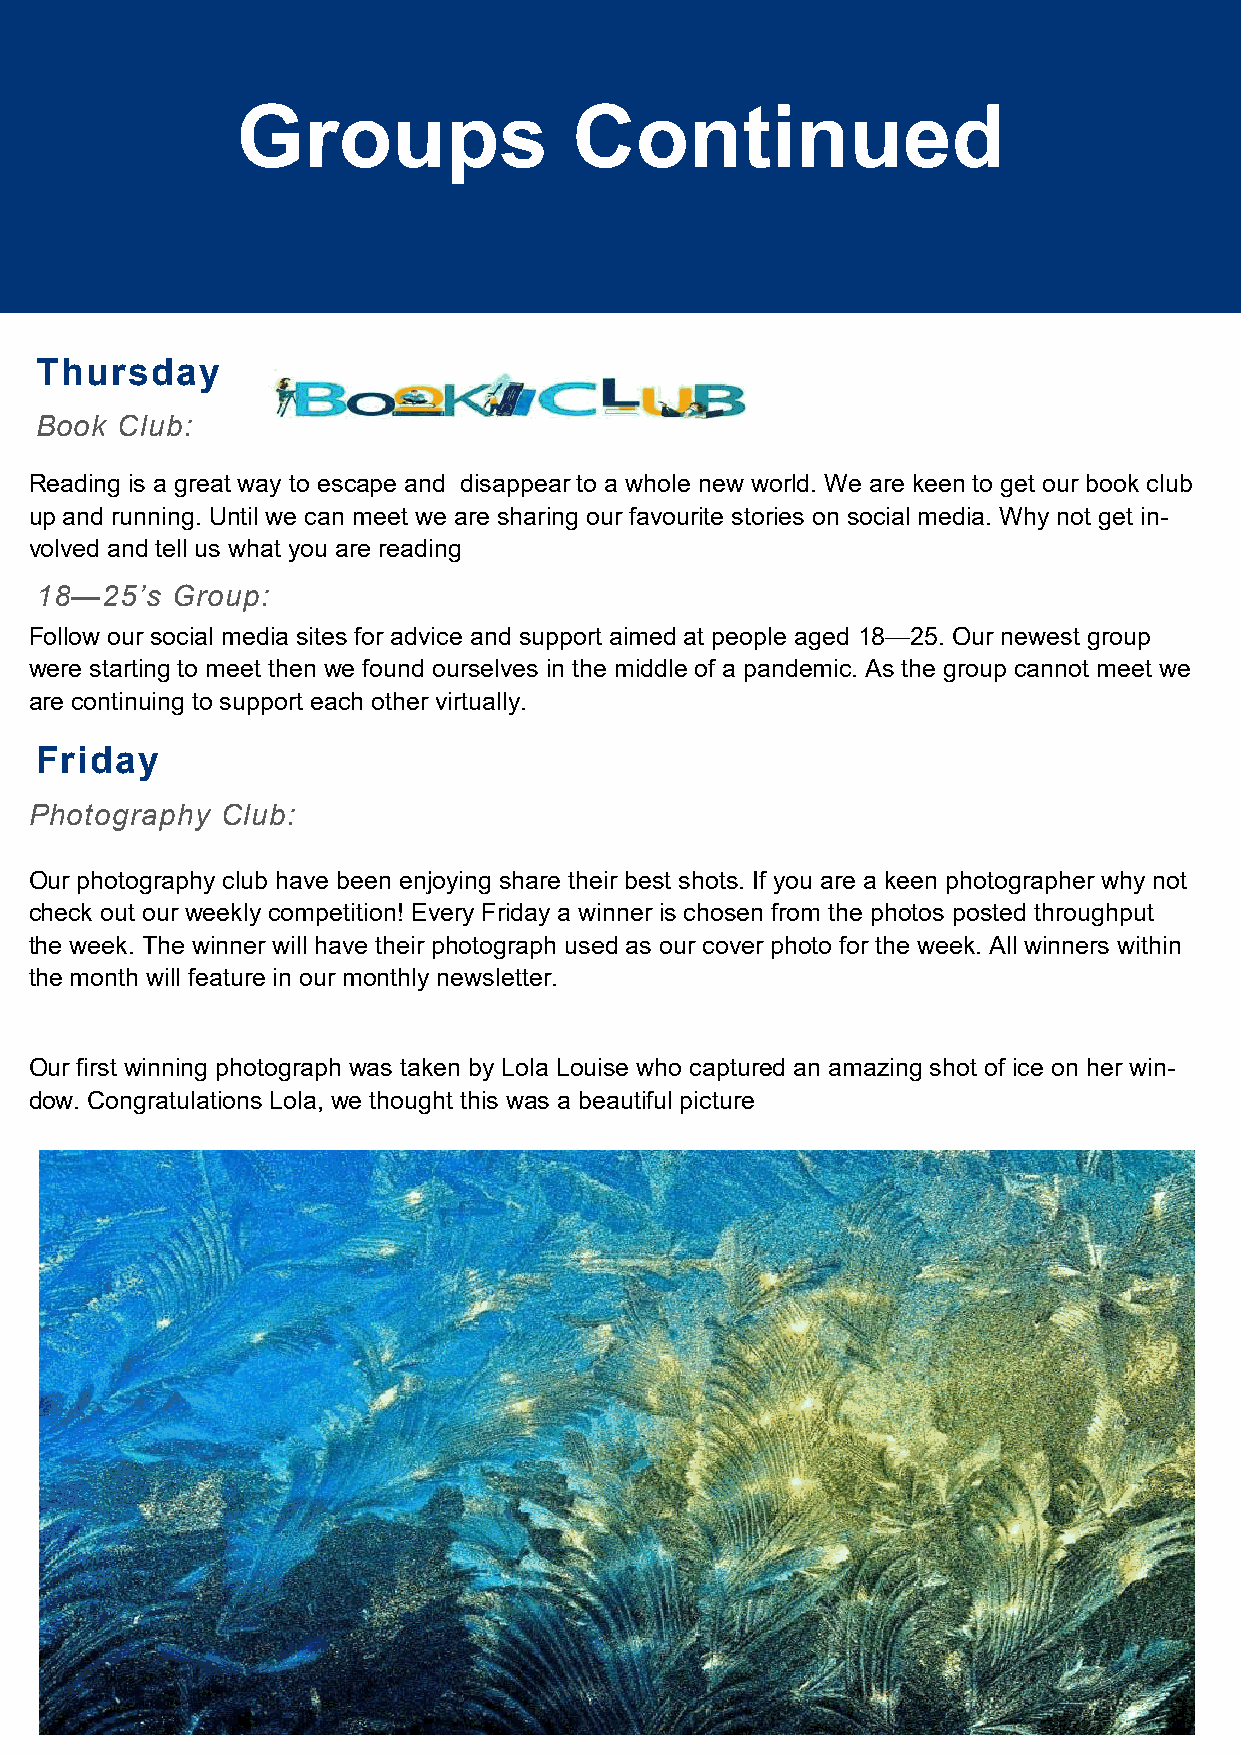
Groups                Continued
 Thursday
 Book  Club:
 Reading is a great way to escape and disappear to a whole new world. We are keen to get our book club
 up and running. Until we can meet we are sharing our favourite stories on social media. Why not get in-
 volved and tell us what you are reading
 18—25’s  Group:
 Follow our social media sites for advice and support aimed at people aged 18—25. Our newest group
 were starting to meet then we found ourselves in the middle of a pandemic. As the group cannot meet we
 are continuing to support each other virtually.
 Friday
 Photography  Club:
 Our photography club have been enjoying share their best shots. If you are a keen photographer why not
 check out our weekly competition! Every Friday a winner is chosen from the photos posted throughput
 the week. The winner will have their photograph used as our cover photo for the week. All winners within
 the month will feature in our monthly newsletter.
 Our first winning photograph was taken by Lola Louise who captured an amazing shot of ice on her win-
 dow. Congratulations Lola, we thought this was a beautiful picture